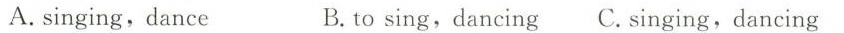
A. singing,dance B.to sing,dancing C. Singing,dancing